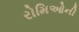
રોમિઓની